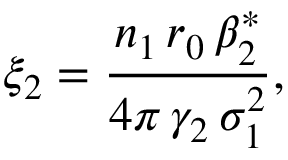
\xi _ { 2 } = \frac { n _ { 1 } \, r _ { 0 } \, \beta _ { 2 } ^ { * } } { 4 \pi \, \gamma _ { 2 } \, \sigma _ { 1 } ^ { 2 } } ,